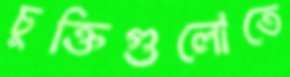
চুক্তিগুলোতে